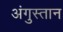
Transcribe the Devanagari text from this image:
अंगुस्तान